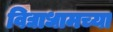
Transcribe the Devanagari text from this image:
विद्याधामच्या